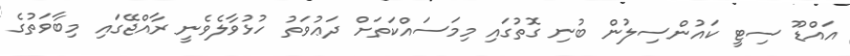
އައްޑޫ ސިޓީ ކައުންސިލުން ބުނި ގޮތުގައި މިމަސައްކަތަށް ދަޢުވަތު ހުޅުވާލެވެނީ ރާއްޖޭގައި މިބާވަތުގެ